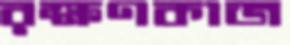
রক্ষণকাজ